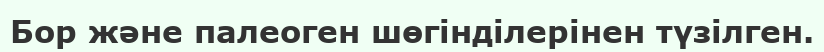
Бор және палеоген шөгінділерінен түзілген.